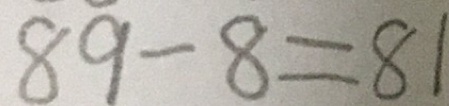
8 9 - 8 = 8 1